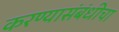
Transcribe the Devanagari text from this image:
करण्यासंबंधीचा